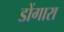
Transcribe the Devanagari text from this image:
डोंगारा